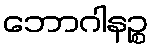
ဘောဂါနဉ္စ